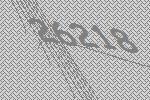
26218